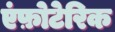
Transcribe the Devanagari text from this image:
एंफ़ोटेरिक